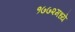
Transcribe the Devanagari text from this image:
१७७२मध्ये